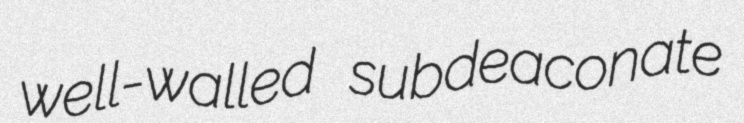
well-walled subdeaconate